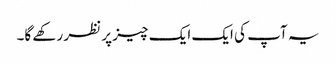
یہ آپ کی ایک ایک چیز پر نظر رکھے گا۔